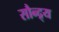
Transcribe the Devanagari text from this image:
सौन्द्र्य